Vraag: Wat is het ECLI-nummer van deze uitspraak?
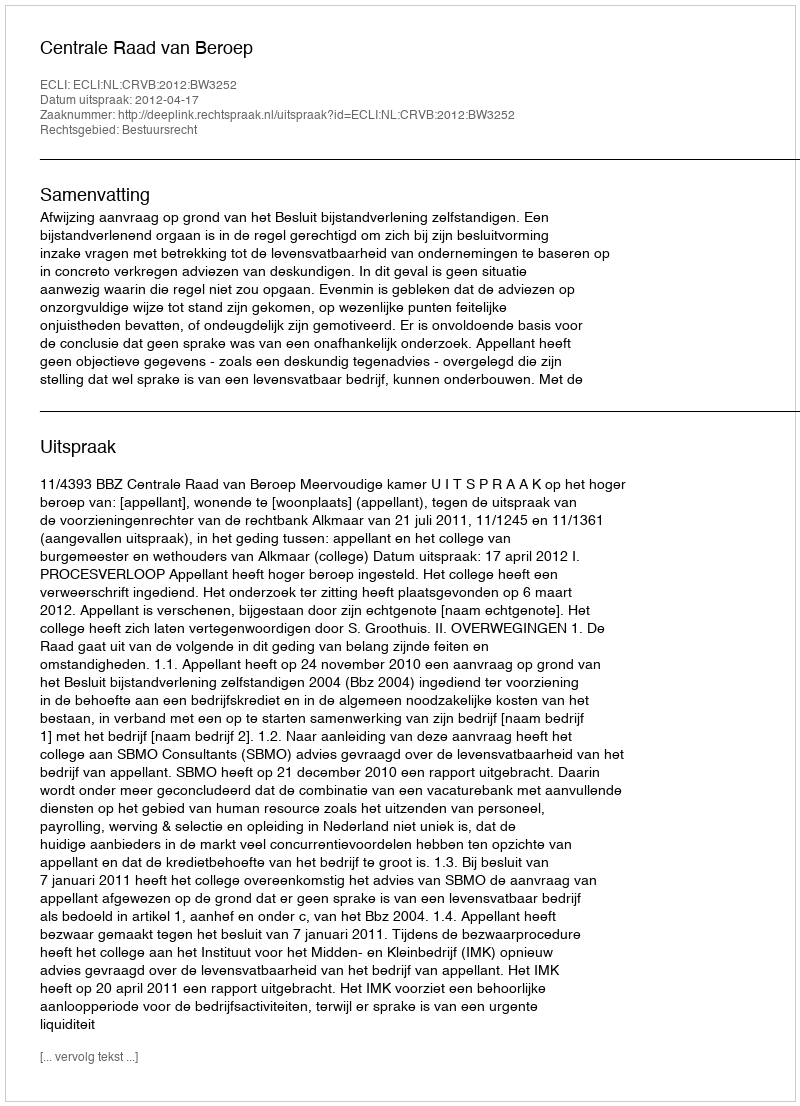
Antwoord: ECLI:NL:CRVB:2012:BW3252